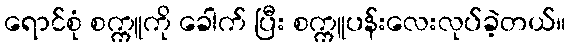
ရောင်စုံ စက္ကူကို ခေါက် ပြီး စက္ကူပန်းလေးလုပ်ခဲ့တယ်။